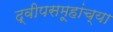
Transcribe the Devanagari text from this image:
द्वीपसमूहांच्या